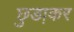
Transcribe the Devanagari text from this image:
छुडा़कर